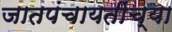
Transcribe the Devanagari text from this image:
जातपंचायतींच्या